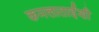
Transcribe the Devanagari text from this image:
कमलाताईंशी